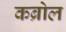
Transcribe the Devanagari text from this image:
कब्रोल